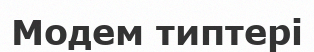
Модем типтері